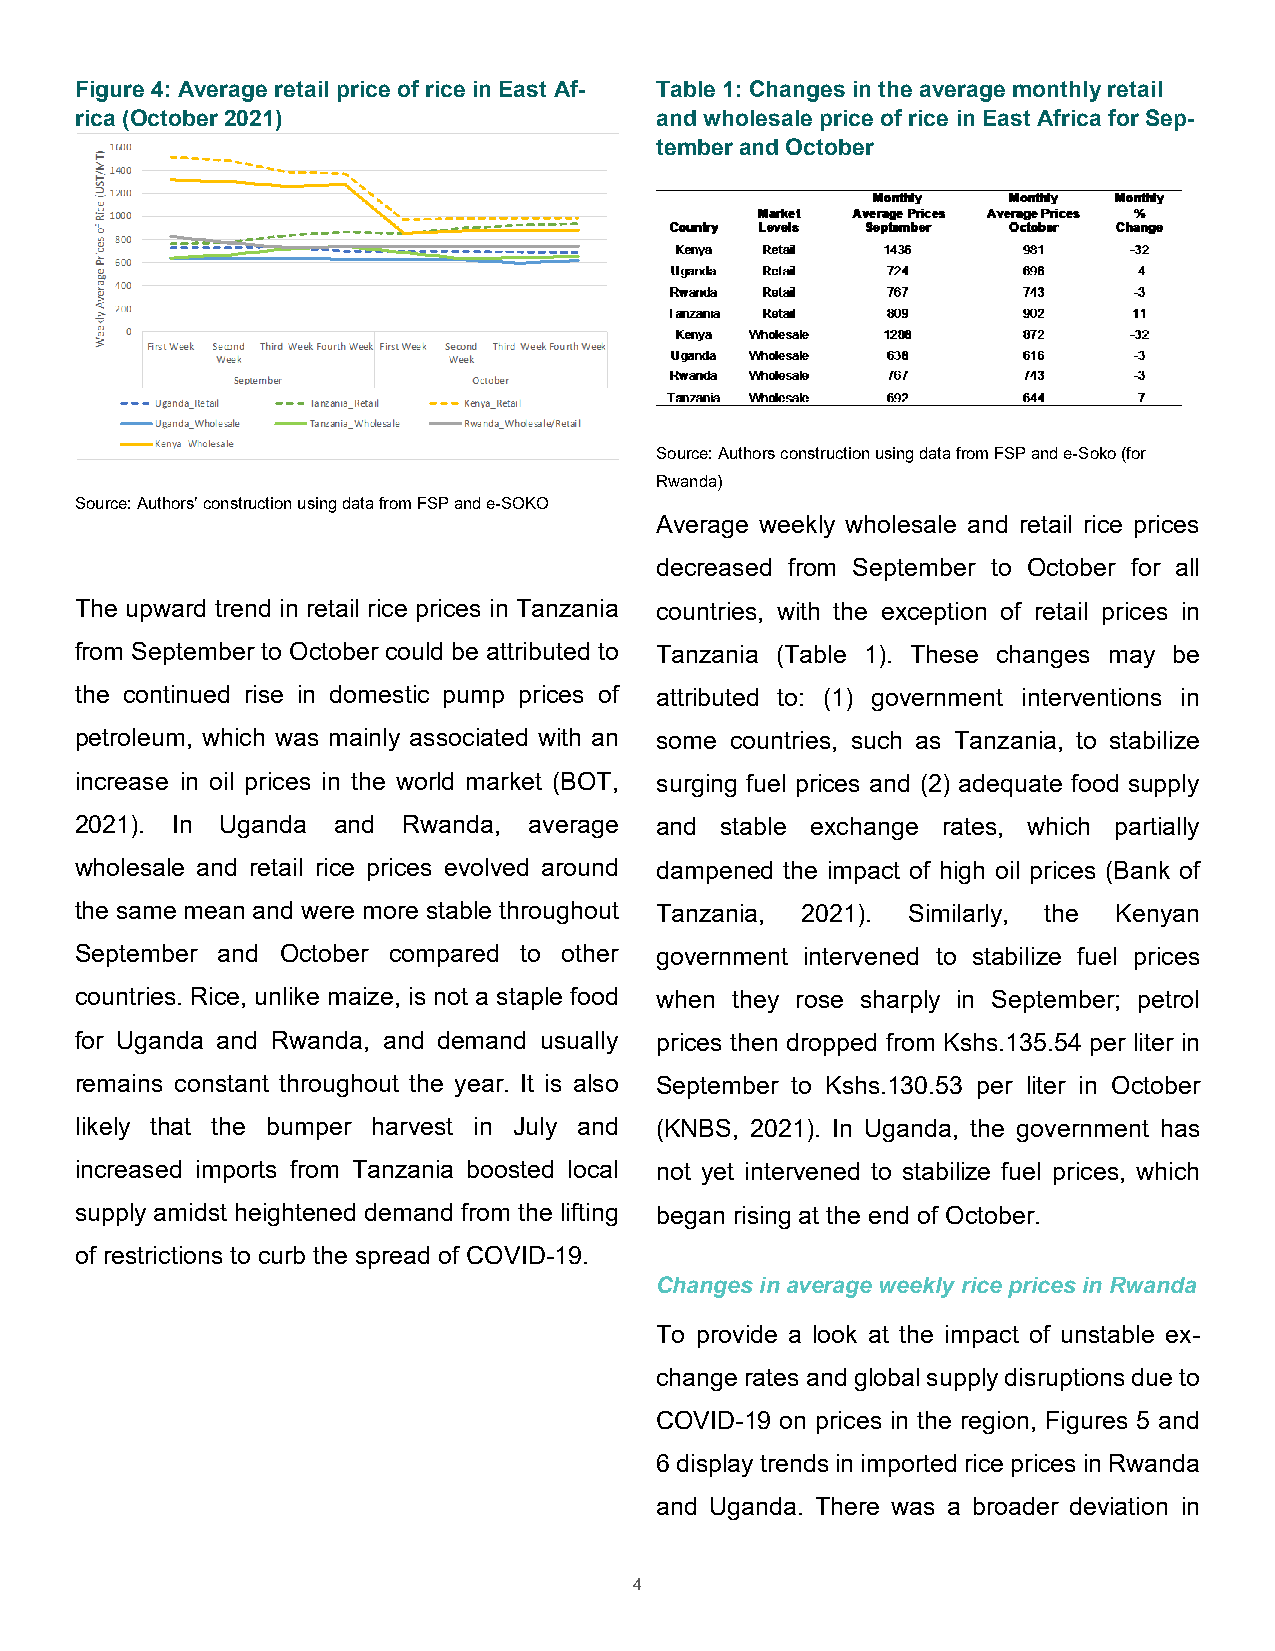
Figure 4: Average retail price of rice in East Af- Table 1: Changes in the average monthly retail
 rica (October 2021)                   and wholesale price of rice in East Africa for Sep-
 tember and October
 Source: Authors construction using data from FSP and e-Soko (for
 Rwanda)
 Source: Authors’ construction using data from FSP and e-SOKO
 Average weekly wholesale and retail rice prices
 decreased from September to October for all
 The upward trend in retail rice prices in Tanzania countries, with the exception of retail prices in
 from September to October could be attributed to Tanzania (Table 1). These changes may be
 the continued rise in domestic pump prices of attributed to: (1) government interventions in
 petroleum, which was mainly associated with an some countries, such as Tanzania, to stabilize
 increase in oil prices in the world market (BOT, surging fuel prices and (2) adequate food supply
 2021). In Uganda and  Rwanda, average and  stable exchange rates, which partially
 wholesale and retail rice prices evolved around dampened the impact of high oil prices (Bank of
 the same mean and were more stable throughout Tanzania, 2021). Similarly, the Kenyan
 September and October compared to other government intervened to stabilize fuel prices
 countries. Rice, unlike maize, is not a staple food when they rose sharply in September; petrol
 for Uganda and Rwanda, and demand usually prices then dropped from Kshs.135.54 per liter in
 remains constant throughout the year. It is also September to Kshs.130.53 per liter in October
 likely that the bumper harvest in July and (KNBS, 2021). In Uganda, the government has
 increased imports from Tanzania boosted local not yet intervened to stabilize fuel prices, which
 supply amidst heightened demand from the lifting began rising at the end of October.
 of restrictions to curb the spread of COVID-19.
 Changes in average weekly rice prices in Rwanda
 To provide a look at the impact of unstable ex-
 change rates and global supply disruptions due to
 COVID-19 on prices in the region, Figures 5 and
 6 display trends in imported rice prices in Rwanda
 and Uganda. There was a broader deviation in
 4